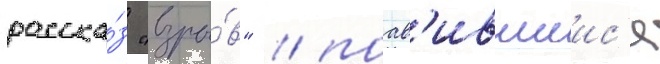
расска́з "взры́в" / поав'ившиис'я